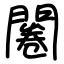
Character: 闂